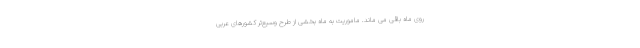
روی ماه باقی می ماند. ماموریت به ماه بخشی از طرح وسیع‌تر کشورهای عربی